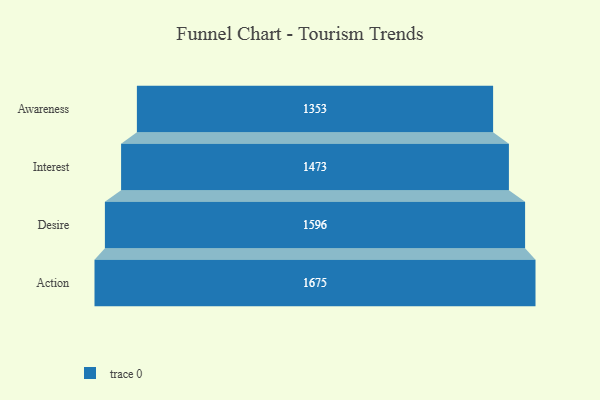
{"axis": {"x": "Stage", "y": "Value"}, "legend": [""], "data": [{"x": "Awareness", "y": 1353.0, "type": ""}, {"x": "Interest", "y": 1473.0, "type": ""}, {"x": "Desire", "y": 1596.0, "type": ""}, {"x": "Action", "y": 1675.0, "type": ""}]}